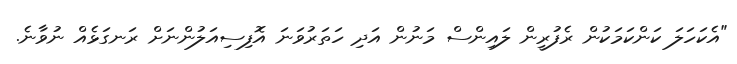
"އެކަހަލަ ކަންކަމަކުން ރެފުރީން ލައިންސް މަނުން އަދި ހަތަރުވަނަ އޮފިސިއަލުންނަށް ރަނގަޅެއް ނުވާނެ.